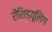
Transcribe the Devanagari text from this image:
रीशिड्यूलिंग